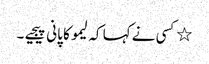
٭کسی نے کہا کہ لیمو کا پانی پیجیے۔